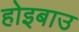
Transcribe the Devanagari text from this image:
होइबाउ